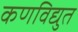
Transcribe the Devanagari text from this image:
कणविद्युत